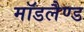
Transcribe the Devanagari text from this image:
मॉडलैण्ड